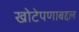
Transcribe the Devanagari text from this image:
खोटेपणाबद्दल